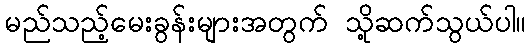
မည်သည့်မေးခွန်းများအတွက် သို့ဆက်သွယ်ပါ။